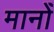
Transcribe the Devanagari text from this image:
मानोँ